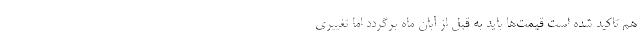
هم تاکید شده است قیمت‌ها باید به قبل از آبان ماه برگردد اما تغییری